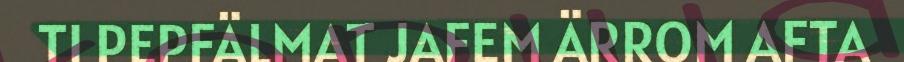
TI PEPFÄLMAT JAFEM ÄRROM AFTA